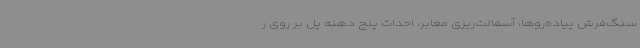
سنگ‌فرش پیاده‌روها، آسفالت‌ریزی معابر، احداث پنج دهنه پل بر روی ر